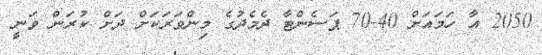
2050 އާ ހަމައަށް 40-70 ޕަސެންޓާ ދެމެދުގެ މިންވަރަކަށް ދަށް ކުރަން ވަނީ